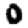
Digit: 0